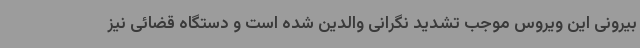
بیرونی این ویروس موجب تشدید نگرانی والدین شده است و دستگاه قضائی نیز